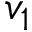
v _ { 1 }